Cholera in India, 1862 to 1881
Year: 1862
Disease focus: Cholera
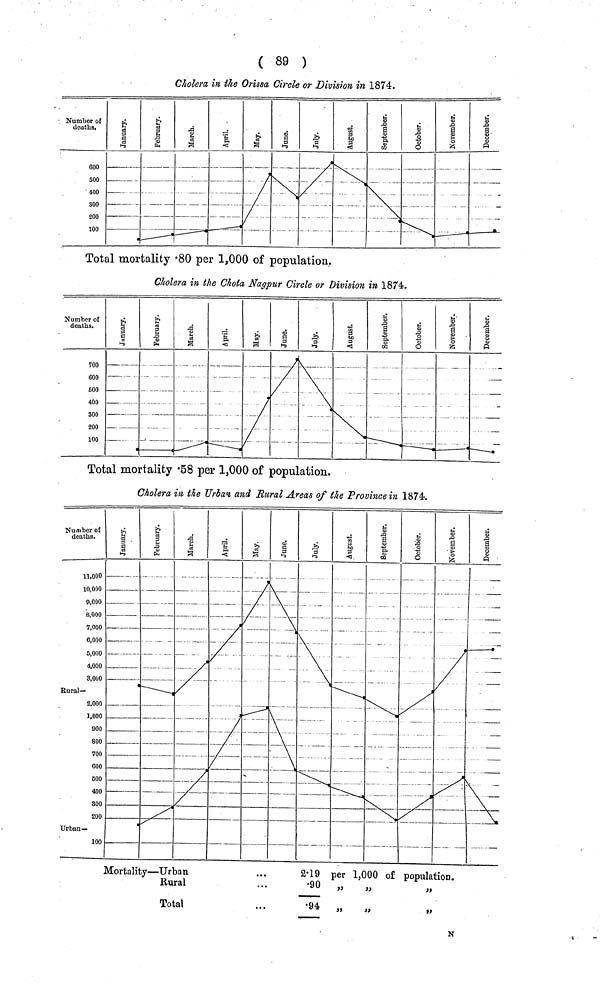
( 89 )
Cholera in the Orissa Circle or Division, in 1874.
Mortality — Urban
Rural
Total
2.19 per 1,000 of population.
.90 „
„
.94
"
"
"
N